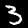
Label: 3